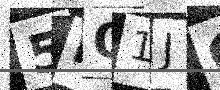
Text: 5IQ1JG